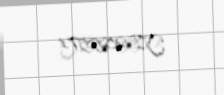
YI-285571